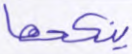
ينكحها